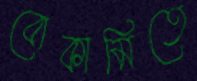
বোকামিতে